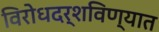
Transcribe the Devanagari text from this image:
विरोधदर्शविण्यात